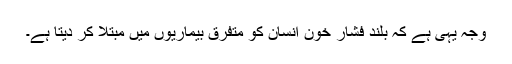
وجہ یہی ہے کہ بلند فشار خون انسان کو متفرق بیماریوں میں مبتلا کر دیتا ہے۔